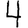
Digit: 4